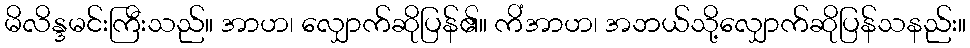
မိလိန္ဒမင်းကြီးသည်။ အာဟ၊ လျှောက်ဆိုပြန်၏။ ကိံအာဟ၊ အဘယ်သို့လျှောက်ဆိုပြန်သနည်း။